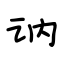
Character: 讷